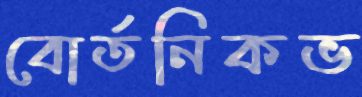
বোর্তনিকভ